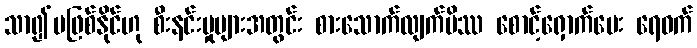
သာ၍မဖြစ်နိုင်ဟု စီးနင်းမှုများအတွင်း စားသောက်လျက်မိဿ စောင့်ရှောက်ပေး ရေဝက်